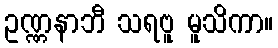
ဥဏ္ဏနာဘီ သရဗူ မူသိကာ။